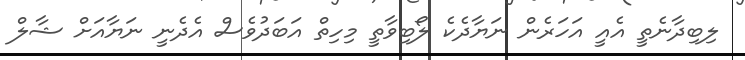
ލިބިދާނެތީ އެއީ އަހަރެން ނަޔާދެކެ ލޯބިވާތީ މިހިތް އަބަދުވެސް އެދެނީ ނަޔާއަށް ޝާލް